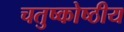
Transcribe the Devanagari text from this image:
चतुष्कोष्ठीय